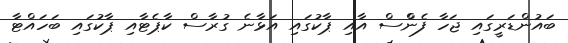
ބައުންޑަރީގައި ޖަހާ ފެންްސް އާއި ޕާކުގައި އަޅާނެ ގުރާސް ކާޕެޓާއި ޕާކުގައި ބަހައްޓާ